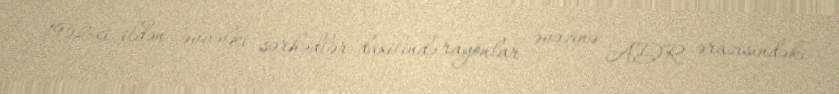
1952-ci ildən əvvəlki sərhədlər daxilində rayonlar əvəzinə ADR ərazisindəki